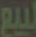
لبيع